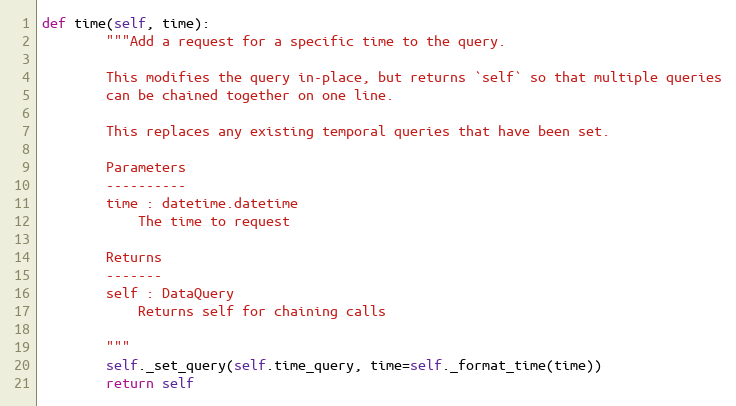
Language: Python
def time(self, time):
        """Add a request for a specific time to the query.

        This modifies the query in-place, but returns `self` so that multiple queries
        can be chained together on one line.

        This replaces any existing temporal queries that have been set.

        Parameters
        ----------
        time : datetime.datetime
            The time to request

        Returns
        -------
        self : DataQuery
            Returns self for chaining calls

        """
        self._set_query(self.time_query, time=self._format_time(time))
        return self